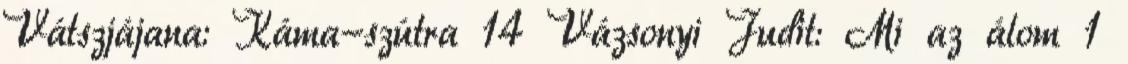
Vátszjájana: Káma-szútra 14 Vázsonyi Judit: Mi az álom 1